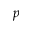
p